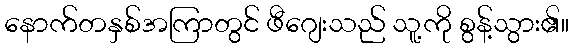
နောက်တနှစ်အကြာတွင် ဖီဂျေးသည် သူ့ကို စွန့်သွား၏။